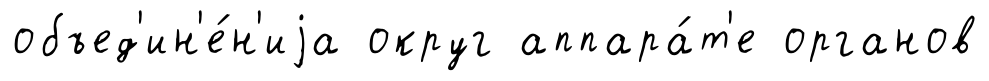
объед'ин'е́н'иjа округ аппара́т'е органов